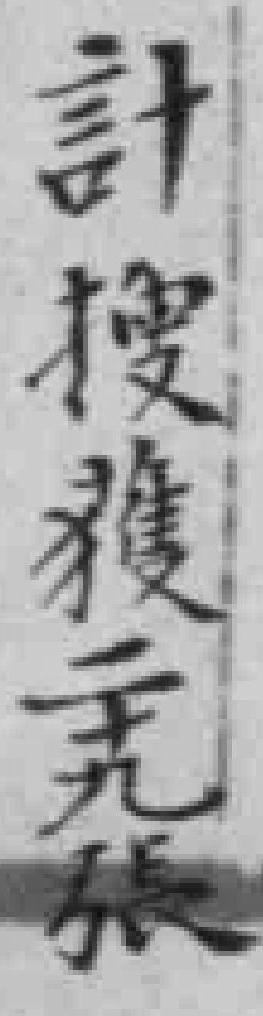
計搜獲二十九張